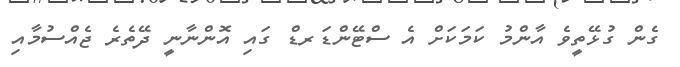
ގެން ގުޅޭތީވެ އާންމު ކަމަކަށް އެ ސްޓޭންޑަރޑް ގައި އޮންނާނީ ދޭތެރެ ޖެއްސުމާއި